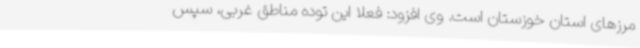
مرزهای استان خوزستان است. وی افزود: فعلا این توده مناطق غربی، سپس